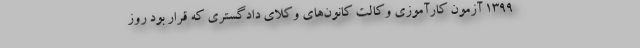
۱۳۹۹ آزمون کارآموزی وکالت کانون‌های وکلای دادگستری که قرار بود روز